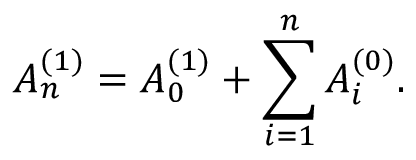
A _ { n } ^ { ( 1 ) } = A _ { 0 } ^ { ( 1 ) } + \sum _ { i = 1 } ^ { n } A _ { i } ^ { ( 0 ) } .